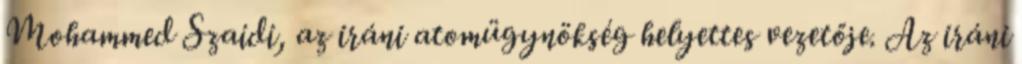
Mohammed Szaidi, az iráni atomügynökség helyettes vezetője. Az iráni